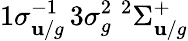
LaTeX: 1\sigma_{\mathbf{u}/g}^{-1}\, 3\sigma_{g}^{2}\; ^{2}\Sigma_{\mathbf{u}/g}^{+}